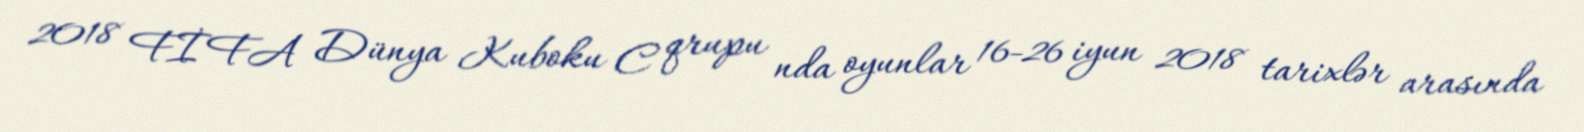
2018 FİFA Dünya Kuboku C qrupu nda oyunlar 16-26 iyun 2018 tarixlər arasında